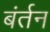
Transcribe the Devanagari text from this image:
बंर्तन